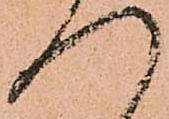
つ